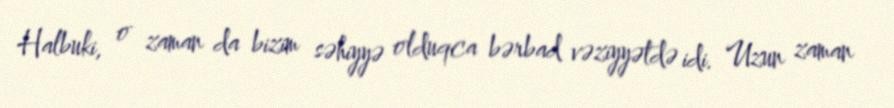
Halbuki, o zaman da bizim səhiyyə olduqca bərbad vəziyyətdə idi. Uzun zaman